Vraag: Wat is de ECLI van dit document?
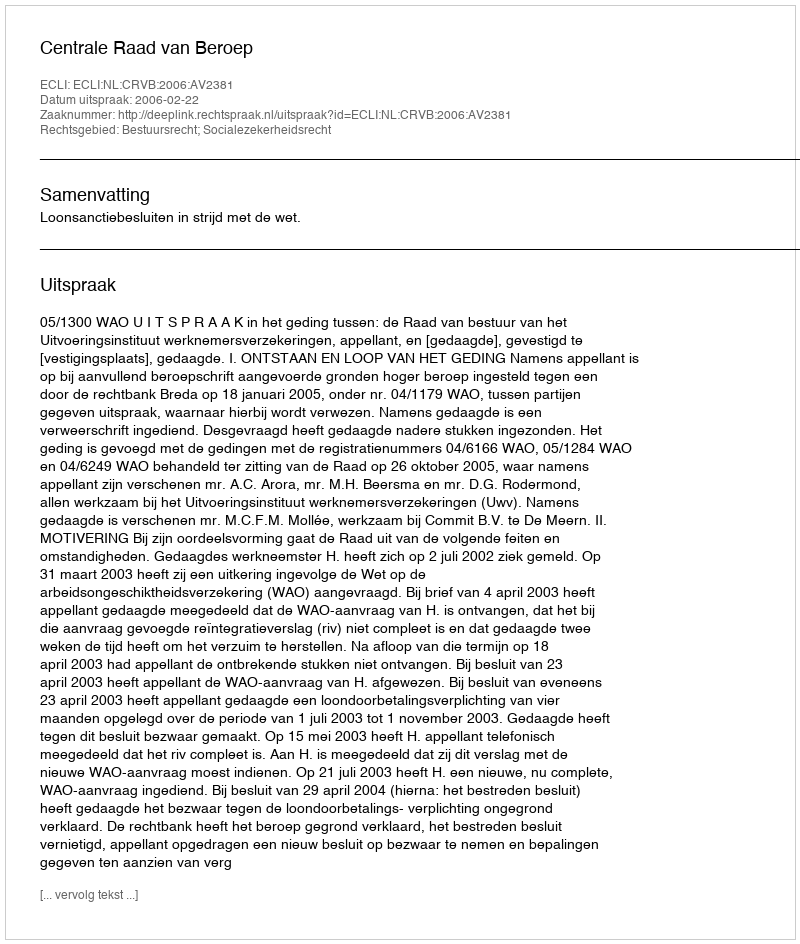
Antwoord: ECLI:NL:CRVB:2006:AV2381